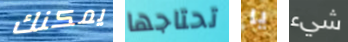
يمكنك تحتاجها يا شيء